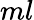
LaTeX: ml